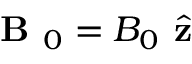
\textbf { B } _ { 0 } = B _ { 0 } \hat { \textbf { z } }